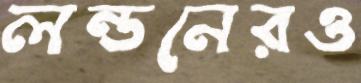
লন্ডনেরও